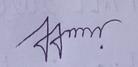
Signature authenticity: genuine